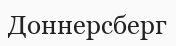
Доннерсберг